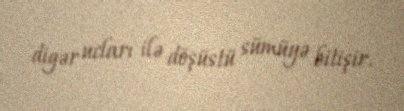
digər ucları ilə döşüstü sümüyə bitişir.